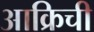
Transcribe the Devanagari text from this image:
आक्रिची